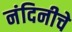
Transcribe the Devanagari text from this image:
नंदिनीचे